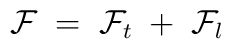
{\mathcal F} \;=\; {\mathcal F}_t\;+\; {\mathcal F}_l